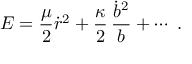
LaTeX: E = { \frac { \mu } { 2 } } \dot { r } ^ { 2 } + { \frac { \kappa } { 2 } } \, { \frac { \dot { b } ^ { 2 } } { b } } + \cdots \, \, .